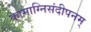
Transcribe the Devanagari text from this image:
कामाग्निसंदीपनम्